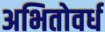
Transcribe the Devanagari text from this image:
अभितोवर्ध